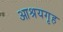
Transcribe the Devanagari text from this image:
आश्रयगृह